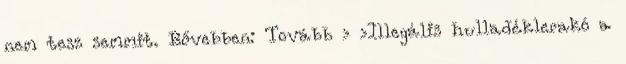
nem tesz semmit. Bővebben: Tovább › ›Illegális hulladéklerakó a